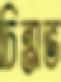
চিন্তাভ